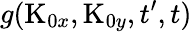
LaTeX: g(\textrm{K}_{0x},\textrm{K}_{0y},t^{\prime},t)